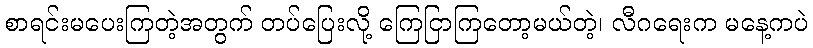
စာရင်းမပေးကြတဲ့အတွက် တပ်ပြေးလို့ ကြေငြာကြတော့မယ်တဲ့၊ လီဂရေးက မနေ့ကပဲ